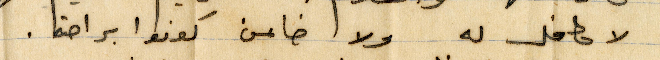
لا مامل له ولا خامن كونوا براحتهما